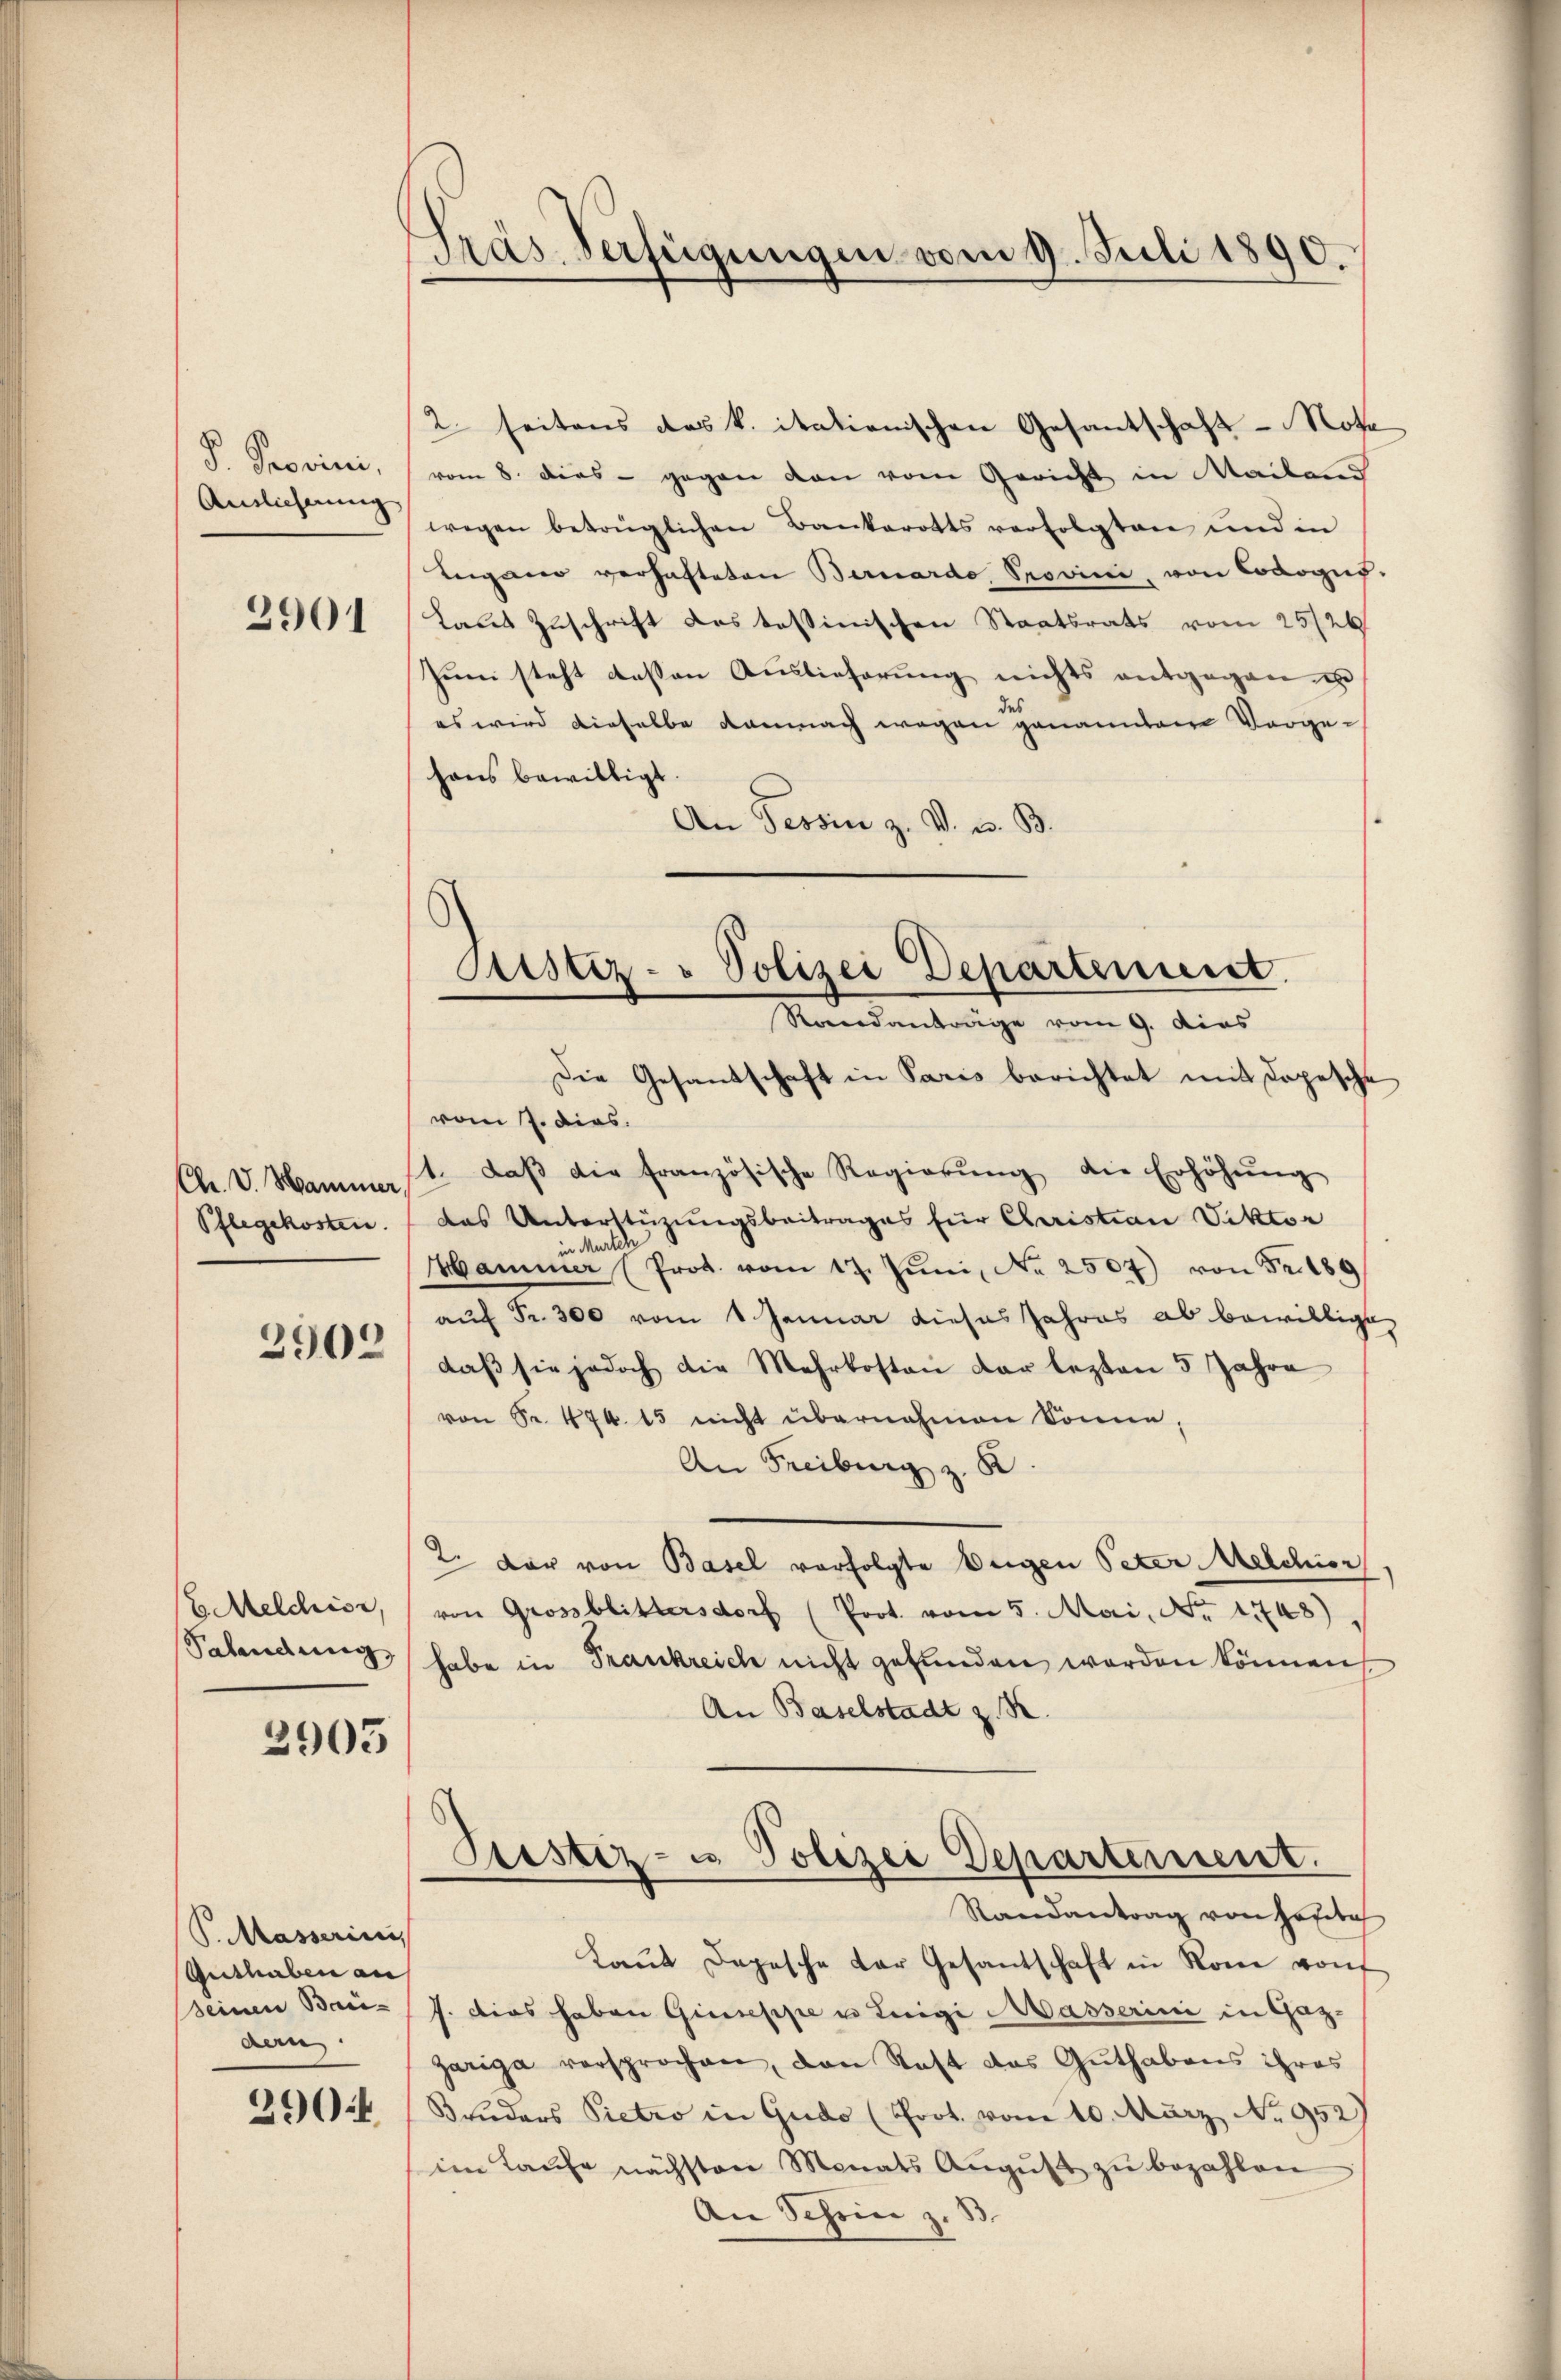
V. Peerini,
Auslicherung

2901

Chr. V. Hammer,
Pflegekosten.

2902

E. Melchior,
Salendung,

2905

S. Masserin,
Authaben an
Seinen Bari-
dan

290

Gras Verfeigungen vom 9. Juli 1890.

2. seitens das k. itationischen Gesantschaft - Note
vom 8. dies - gegen den vom Gericht in Mailand
wegen betrüglichen Bankerotts verfolgten und in
Leigano verhafteten Bernardo, Provini, von Cologus-
Laut Zuschrift das tessinischen Staatsrats vom 25/26.
Juni steht dessen Auslieferung nichts entgegen u
es wird dieselbe danach wegen genannten Vorge-
haus bewilligt
An Tessin z. V. u. B.
Die Gesandschaft in Paris berichtet mit dopesche
vom 7. dies.
1. daβ die französische Regierŭng die Erhöhŭng
das Unterstüzungsbeitrages für Christian Viktor
Mursch
Hammer (Prot. vom 17. Jŭni No 2507) von Fr. 189
auf Fr. 300 vom 1 Januar dieses Jahres ab bewilligen
daß sie jedoch die Mehrkosten der lezten 5 Jahre
von Sr. 474. 15 nicht übernahmen Sonne,
An Freiburg z. B
2. Der von Basel vorfolgte Eigen Peter Melchior,
von Grossblittersdorf (Prot. vom 5. Mai, No 1448)
habe in Frankreich nicht gefunden worden können,
An Baselstadt z. R.
Trestiz- u. Polizei Departement.
Randantrag von Heute
Laŭt Depesche der Gesantschaft in Rom von
J. dies haben Giuseppe u. Luigi Masserini in Gaz-
gariga versprochen, den Saft das Guthabens ihres
Bruders Pietro in Gudo (Prot. vom 10. März No. 952
im Laŭfe nächsten Monats Aŭgŭst zŭ bezahlen
An Schein z. B.

s
Justiz- & Polizei Departement.
Rondanträge vom 9. dies